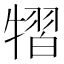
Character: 𤛊